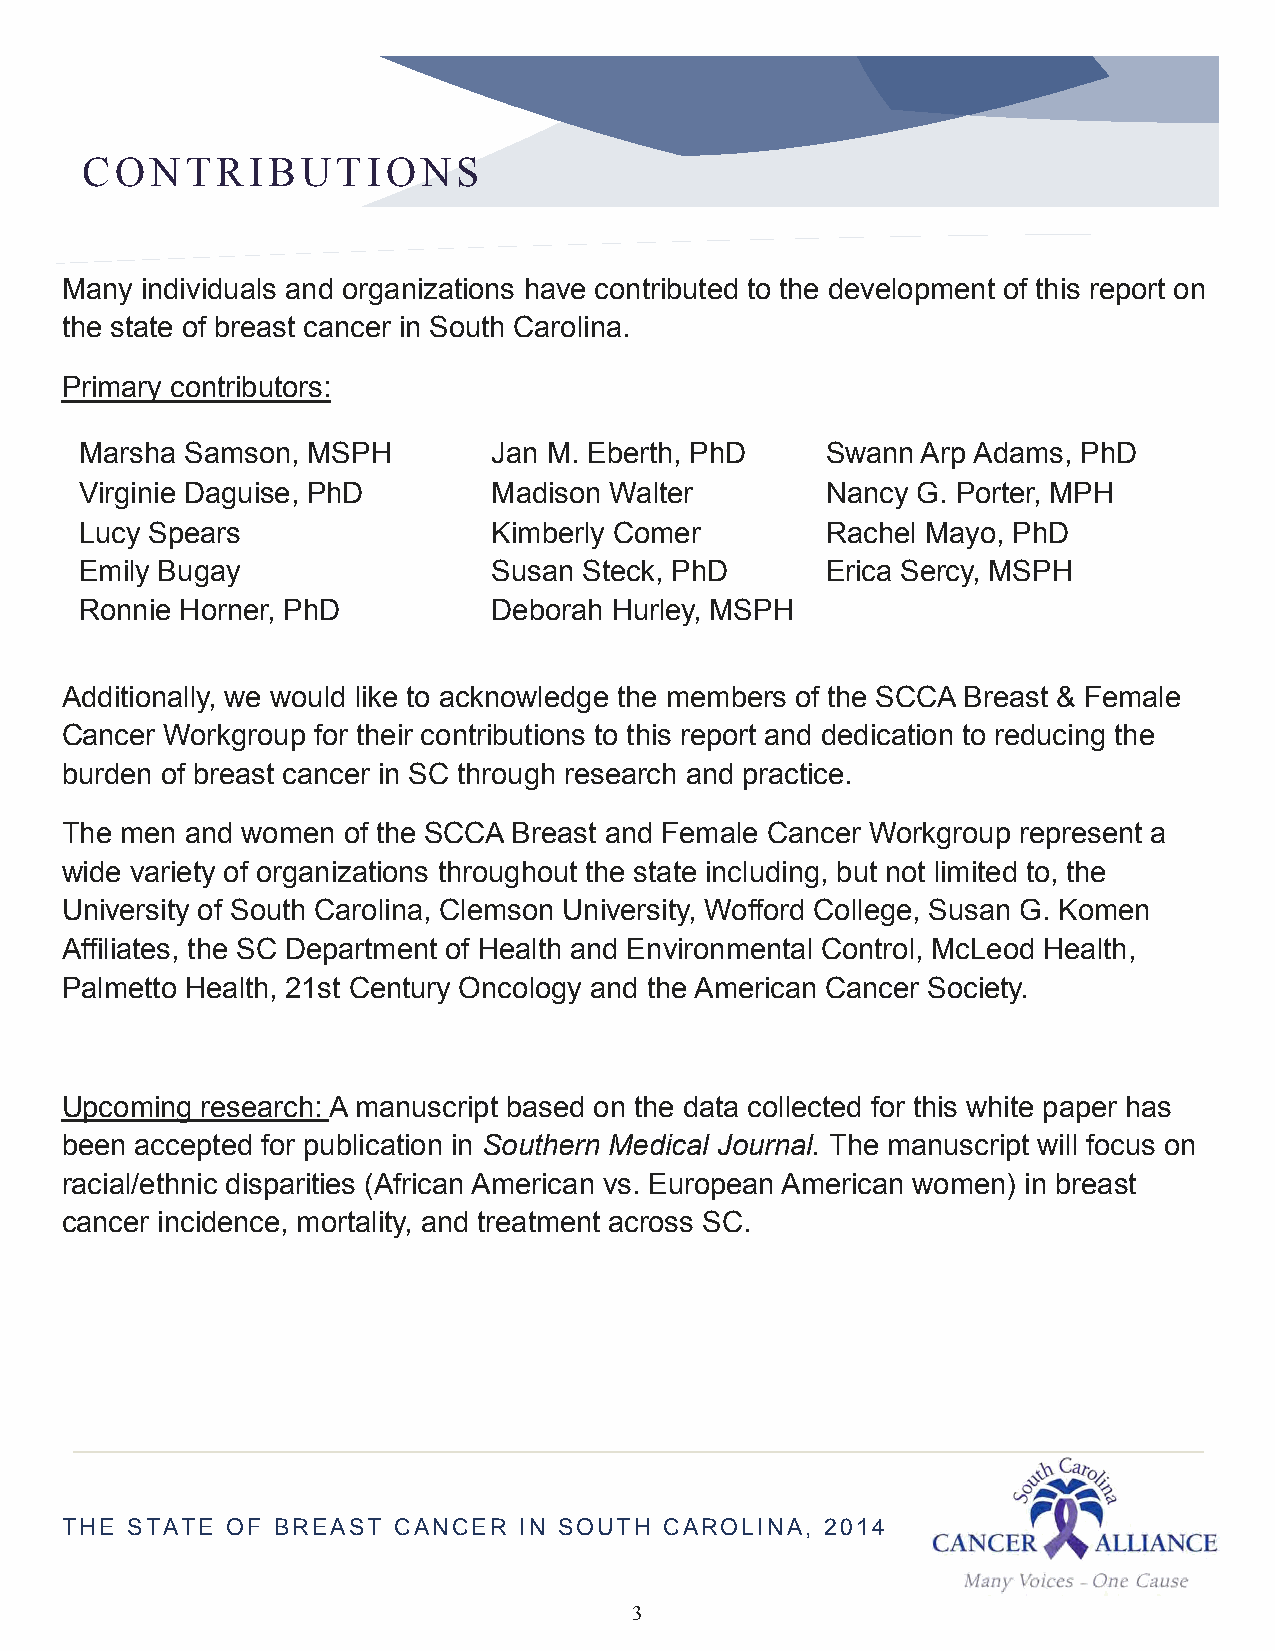
CONTRIBUTIONS
 Many individuals and organizations have contributed to the development of this report on
 the state of breast cancer in South Carolina.
 Primary contributors:
 Marsha Samson, MSPH         Jan M. Eberth, PhD    Swann Arp Adams, PhD
 Virginie Daguise, PhD       Madison Walter        Nancy G. Porter, MPH
 Lucy Spears                 Kimberly Comer        Rachel Mayo, PhD
 Emily Bugay                 Susan Steck, PhD      Erica Sercy, MSPH
 Ronnie Horner, PhD          Deborah Hurley, MSPH
 Additionally, we would like to acknowledge the members of the SCCA Breast & Female
 Cancer Workgroup for their contributions to this report and dedication to reducing the
 burden of breast cancer in SC through research and practice.
 The men and women  of the SCCA Breast and Female Cancer Workgroup represent a
 wide variety of organizations throughout the state including, but not limited to, the
 University of South Carolina, Clemson University, Wofford College, Susan G. Komen
 Affiliates, the SC Department of Health and Environmental Control, McLeod Health,
 Palmetto Health, 21st Century Oncology and the American Cancer Society.
 Upcoming research: A manuscript based on the data collected for this white paper has
 been accepted for publication in Southern Medical Journal. The manuscript will focus on
 racial/ethnic disparities (African American vs. European American women) in breast
 cancer incidence, mortality, and treatment across SC.
 THE STATE  OF BREAST  CANCER  IN SOUTH  CAROLINA,  2014
 3